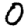
Digit: 0